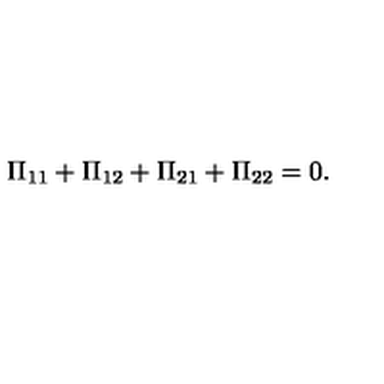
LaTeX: \Pi _ { 1 1 } + \Pi _ { 1 2 } + \Pi _ { 2 1 } + \Pi _ { 2 2 } = 0 .